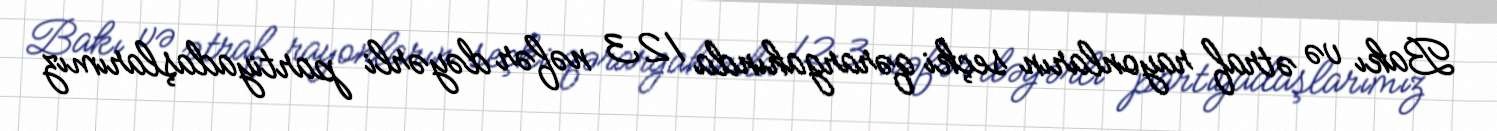
Bakı və ətraf rayonların seçki qərargahında 123 nəfər dəyərli partiyadaşlarımız